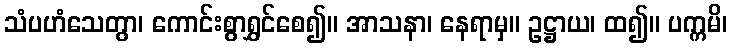
သံပဟံသေတွာ၊ ကောင်းစွာရွှင်စေ၍။ အာသနာ၊ နေရာမှ။ ဥဋ္ဌာယ၊ ထ၍။ ပက္ကမိ၊